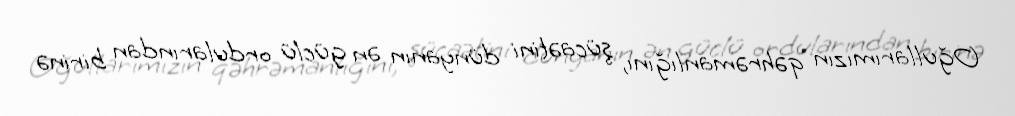
Oğullarımızın qəhrəmanlığını, şücaətini dünyanın ən güclü ordularından birinə